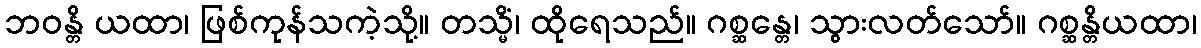
ဘဝန္တိ ယထာ၊ ဖြစ်ကုန်သကဲ့သို့။ တသ္မိံ၊ ထိုရေသည်။ ဂစ္ဆန္တေ၊ သွားလတ်သော်။ ဂစ္ဆန္တိယထာ၊